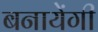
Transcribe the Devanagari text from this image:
बनायेंगी